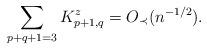
LaTeX: \begin{align*}\sum_{p+q+1=3} K_{p+1,q}^{z} =O_\prec(n^{-1/2}).\end{align*}